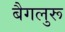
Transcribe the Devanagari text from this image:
बैगलुरू